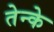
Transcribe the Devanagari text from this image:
तेन्के